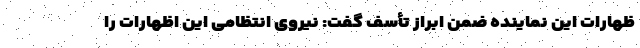
ظهارات این نماینده ضمن ابراز تأسف گفت: نیروی انتظامی این اظهارات را